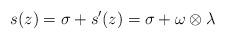
LaTeX: \begin{align*}s(z)=\sigma+s'(z)=\sigma+\omega\otimes \lambda\end{align*}